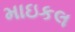
માઇકલ